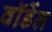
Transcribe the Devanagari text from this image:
वॉर्डेल